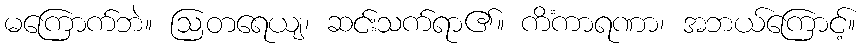
မကြောက်ဘဲ။ ဩတရေယျ၊ ဆင်းသက်ရာ၏။ ကိံကာရဏာ၊ အဘယ်ကြောင့်။